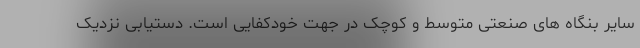
سایر بنگاه های صنعتی متوسط و کوچک در جهت خودکفایی است. دستیابی نزدیک